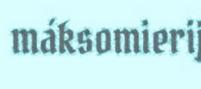
máksomierij